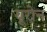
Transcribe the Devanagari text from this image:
यूरोन